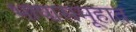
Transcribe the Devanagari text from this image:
भाषासमूहात